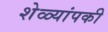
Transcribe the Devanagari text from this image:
शेळ्यांपकी